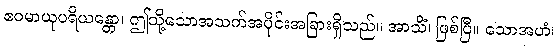
ဧဝမာယုပရိယန္တော၊ ဤသို့သောအသက်အပိုင်းအခြားရှိသည်။ အာသိံ၊ ဖြစ်ပြီ။ သောအဟံ၊